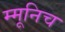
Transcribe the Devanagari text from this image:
म्मूनिच